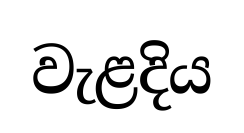
වැළදිය